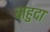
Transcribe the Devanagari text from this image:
बाहुदा